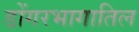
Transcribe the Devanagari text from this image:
डोंगरभागातिल